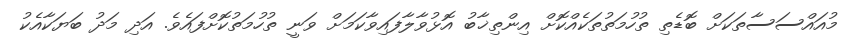
މުއައްސަސާތަކަށް ބޮޑެތި ތުހުމަތުތަކެއްކޮށް އިންތިޚާބު އޮޅުވާލާފައިވާކަމަށް ވަނީ ތުހުމަތުކޮށްފައެވެ. އަދި މަދު ބަޔަކާއެކު